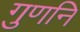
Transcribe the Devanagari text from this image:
गुणनि